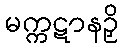
မက္ကဋာနဉှိ